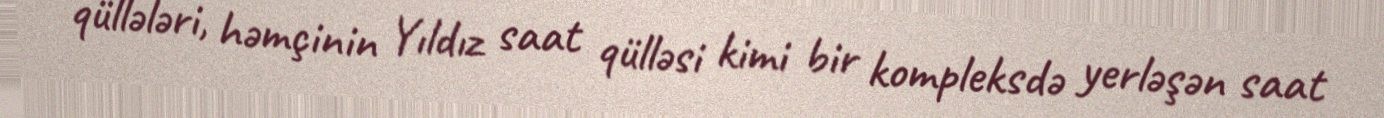
qüllələri, həmçinin Yıldız saat qülləsi kimi bir kompleksdə yerləşən saat